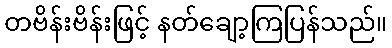
တဗိန်းဗိန်းဖြင့် နတ်ချော့ကြပြန်သည်။